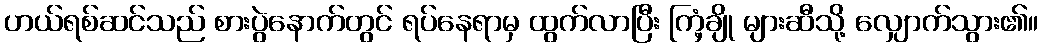
ဟယ်ရစ်ဆင်သည် စားပွဲနောက်တွင် ရပ်နေရာမှ ထွက်လာပြီး ကြံ့ချို များဆီသို့ လျှောက်သွား၏။